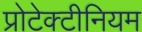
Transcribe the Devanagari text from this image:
प्रोटेक्टीनियम